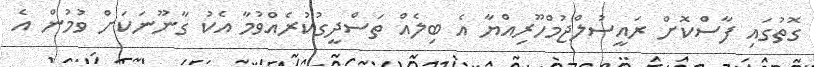
ގޮތުގައި ފާސްކޮށް ރައީސުލްޖުމްހޫރިއްޔާ އެ ބިލެއް ތަސްދީގުކުރެއްވުމާ އެކު ގާނޫނަކަށް ވުމުން އެ